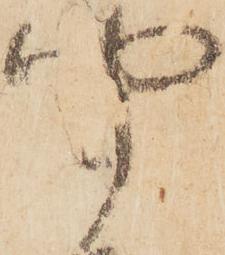
聞